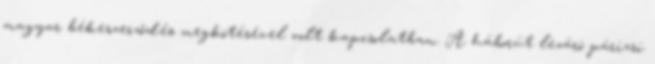
magyar békeszerződés megkötésével volt kapcsolatban. A háborút lezáró párizsi